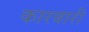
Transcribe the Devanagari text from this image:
कारबारी